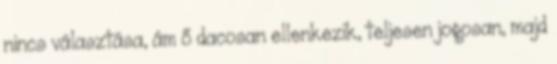
nincs választása, ám ő dacosan ellenkezik, teljesen jogosan, majd